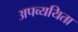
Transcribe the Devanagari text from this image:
अपव्ययिता